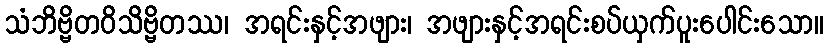
သံဘိဗ္ဗိတဝိသိဗ္ဗိတဿ၊ အရင်းနှင့်အဖျား၊ အဖျားနှင့်အရင်းစပ်ယှက်ပူးပေါင်းသော။